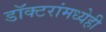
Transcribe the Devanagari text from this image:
डॉक्‍टरांमध्येही